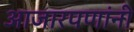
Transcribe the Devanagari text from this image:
आजारपणांनी